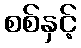
စစ်နှင့်